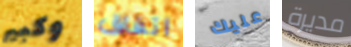
وكبير اتفاق عليك مديرة